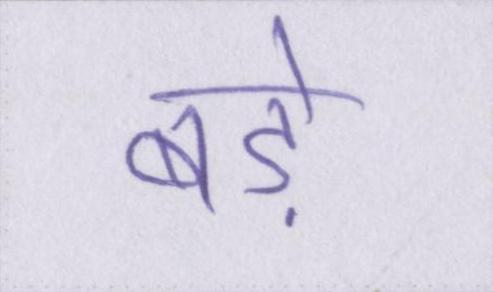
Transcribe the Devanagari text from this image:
बडे़